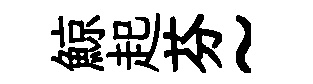
鯨起芬~